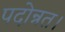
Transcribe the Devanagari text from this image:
पदोन्नत।